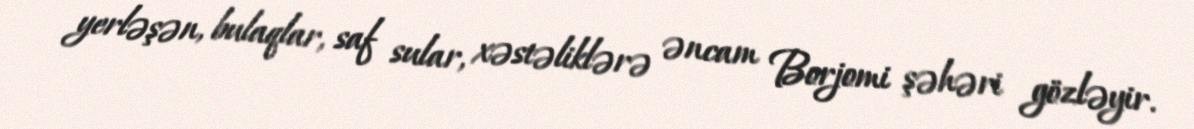
yerləşən, bulaqlar, saf sular, xəstəliklərə əncam Borjomi şəhəri gözləyir.